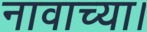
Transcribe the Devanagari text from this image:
नावाच्या।